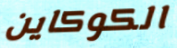
الكوكاين